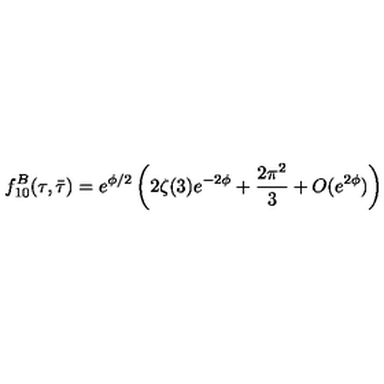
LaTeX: f _ { 1 0 } ^ { B } ( \tau , \bar { \tau } ) = e ^ { \phi / 2 } \left( 2 \zeta ( 3 ) e ^ { - 2 \phi } + \frac { 2 \pi ^ { 2 } } { 3 } + O ( e ^ { 2 \phi } ) \right)